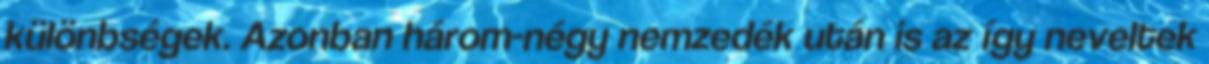
különbségek. Azonban három-négy nemzedék után is az így neveltek